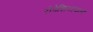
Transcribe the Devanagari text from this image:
रोडेशियावालों